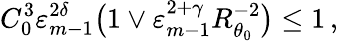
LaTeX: C_{0}^{3}\varepsilon_{m-1}^{2\delta}\bigl(1\vee\varepsilon_{m-1}^{2+\gamma}R_{\theta_{0}}^{-2}\bigr)\leq 1\, ,